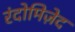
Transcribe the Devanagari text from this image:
रंदोमिज़ेद